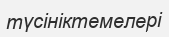
түсініктемелері